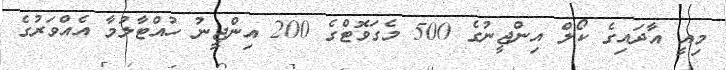
މިއީ އާދައިގެ ކޯލް އިންޖީނުގެ 500 މެގަވޮޓްގެ 200 އިންޖީނު ހުއްޓާލުމާ އެއްވަރުގެ